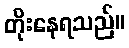
တိုးနေရသည်။